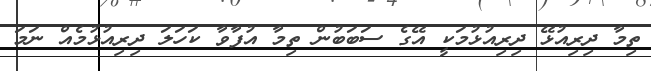
ތިމާ ދިރިއުޅޭ ދިރިއުޅުމަކީ އޭގެ ސަބަބުން ތިމާ އުފާވާ ކަހަލަ ދިރިއުޅުމެއް ނަމަ